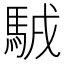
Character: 𩣊